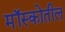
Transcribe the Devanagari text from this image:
मॉस्कोतील